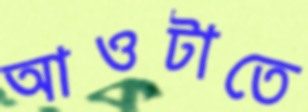
আওটাতে